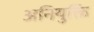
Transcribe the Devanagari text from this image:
अनियुक्ति